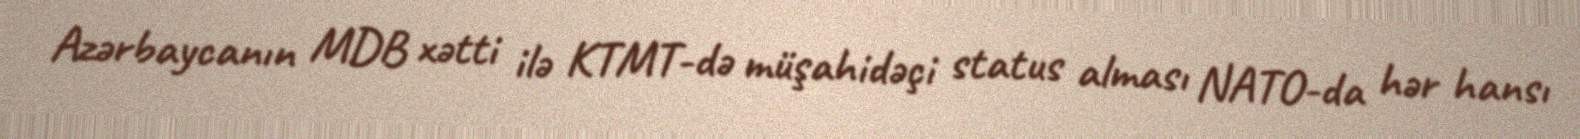
Azərbaycanın MDB xətti ilə KTMT-də müşahidəçi status alması NATO-da hər hansı